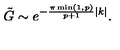
\displaystyle \tilde { G } \sim e ^ { - \frac { \pi \min ( 1 , p ) } { p + 1 } | k | } .